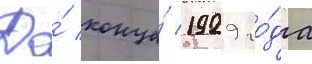
До́ конца́ 1929 го́да